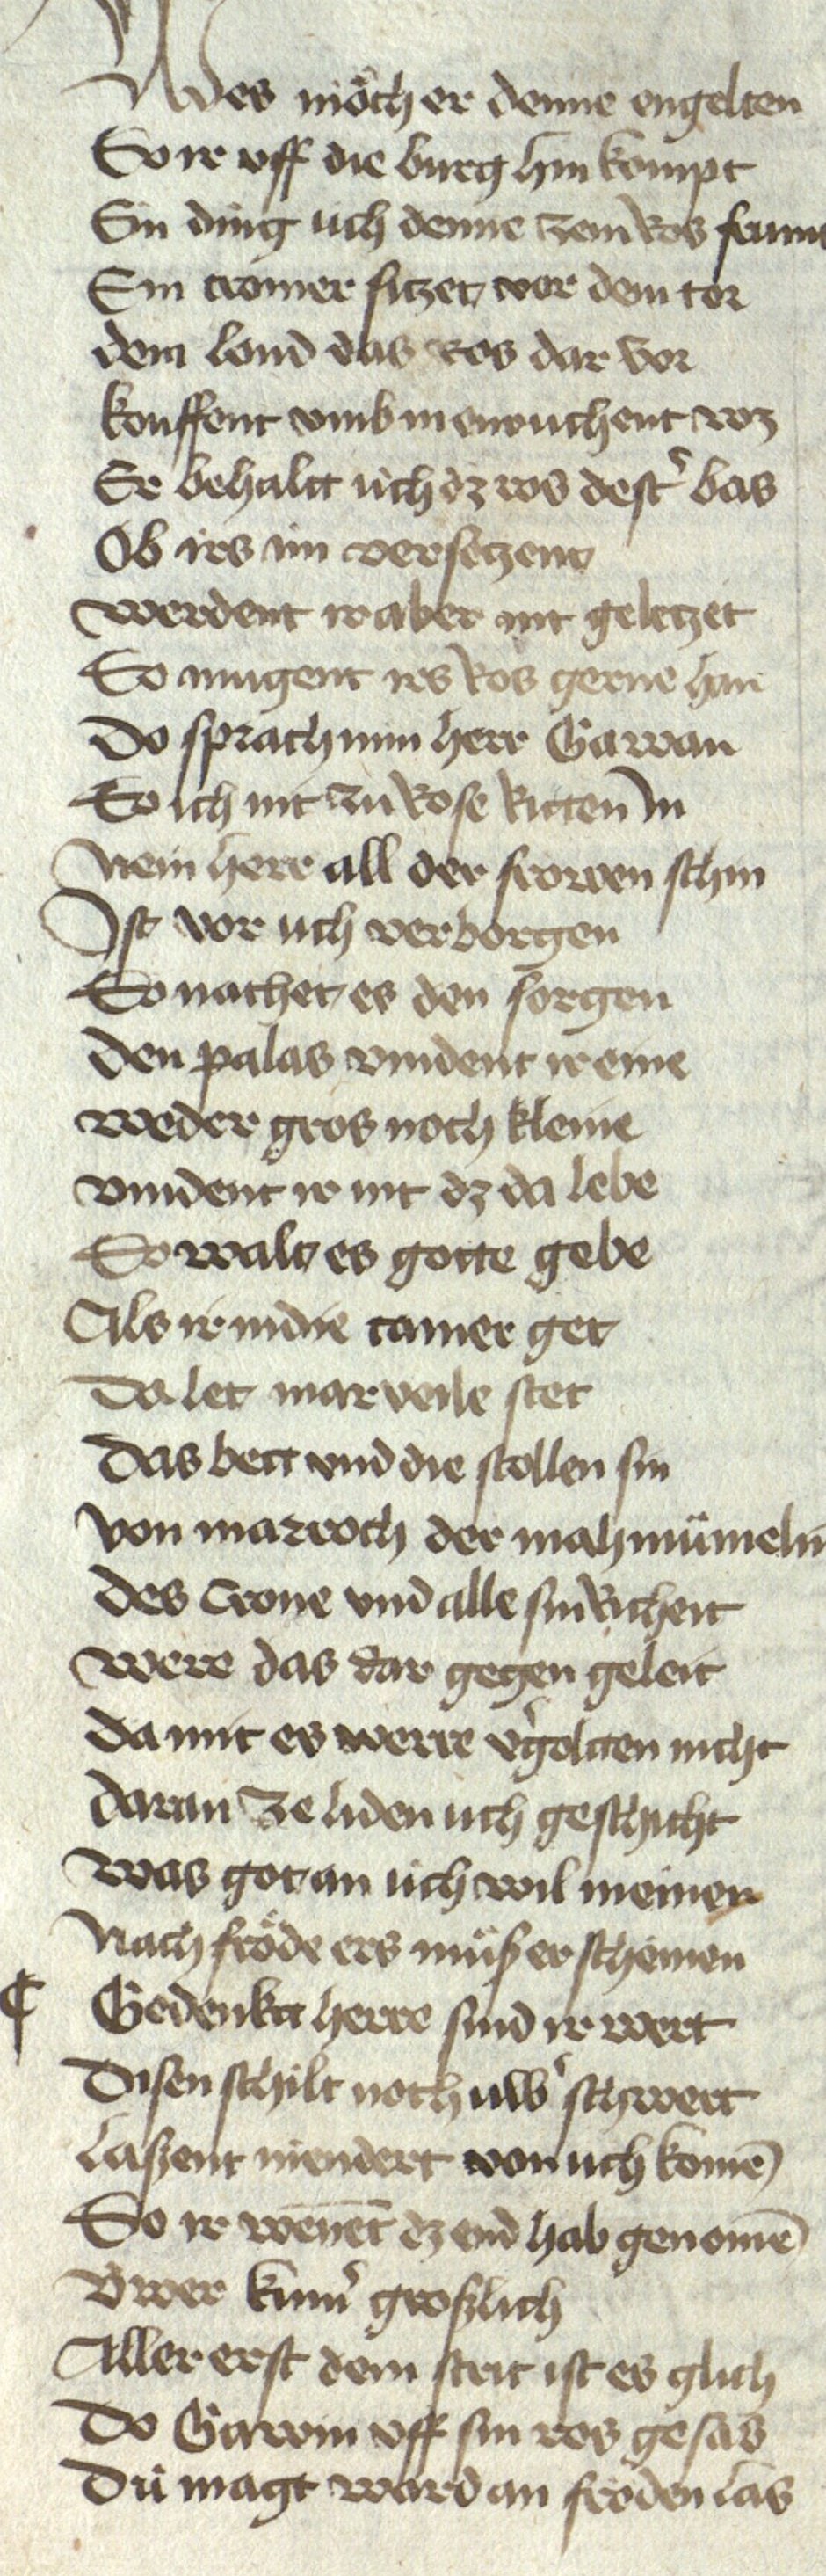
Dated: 1467–1467